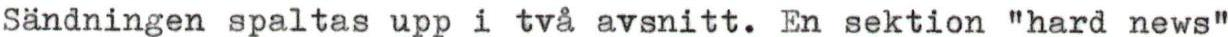
Sändningen spaltas upp i två avsnitt. En sektion "hard news"